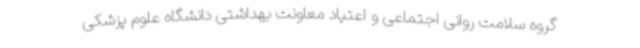
گروه سلامت روانی اجتماعی و اعتیاد معاونت بهداشتی دانشگاه علوم پزشکی